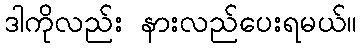
ဒါကိုလည်း နားလည်ပေးရမယ်။